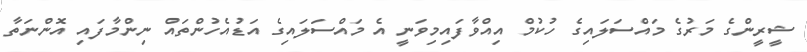
ޝީރީންގެ މަރުގެ މައްސަލައިގެ ހުކުމް އިއްވާފައިމިވަނީ އެ މައްސަލައިގެ އަޑުއެހުންތައް ނިންމާފައި އޮންނަތާ